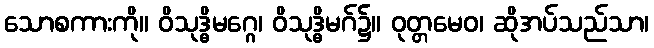
သောစကားကို။ ဝိသုဒ္ဓိမဂ္ဂေ၊ ဝိသုဒ္ဓိမဂ်၌။ ဝုတ္တမေဝ၊ ဆိုအပ်သည်သာ၊